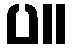
ပ။